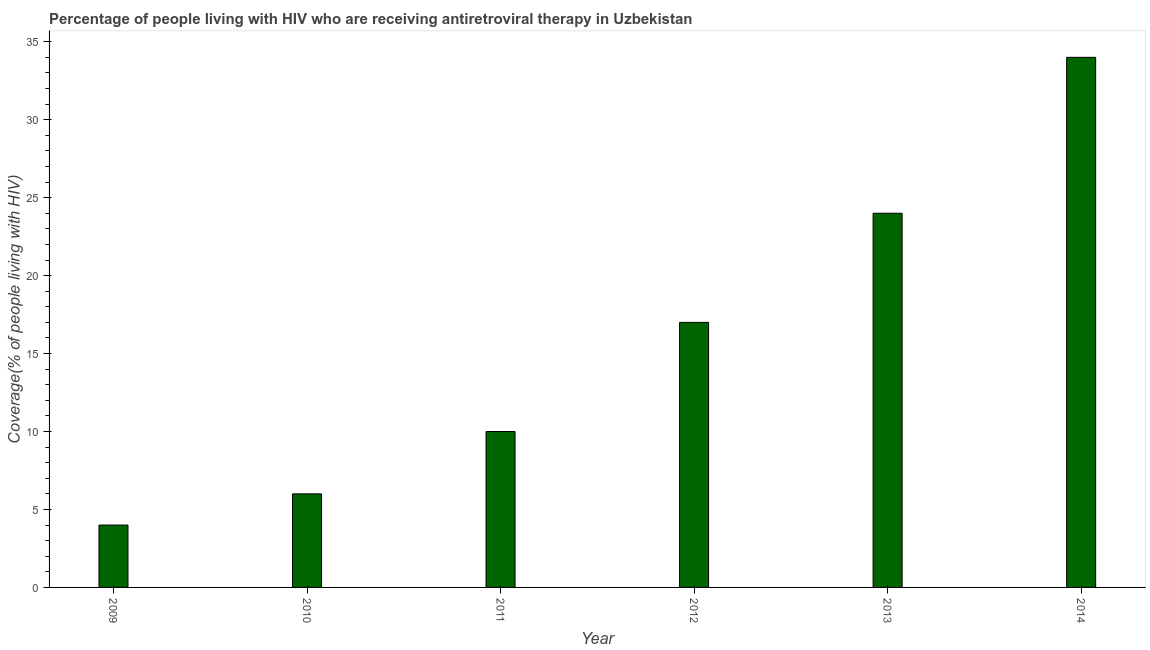
| Year | Antiretroviral therapy coverage |
 | --- | --- |
 | 2009 | 4 |
 | 2010 | 6 |
 | 2011 | 10 |
 | 2012 | 17 |
 | 2013 | 24 |
 | 2014 | 34 |